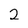
Character: 2